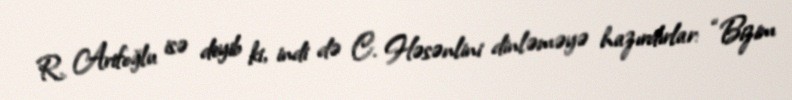
R. Arifoğlu isə deyib ki, indi də C. Həsənlini dinləməyə hazırdırlar: “Bizim